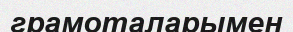
грамоталарымен